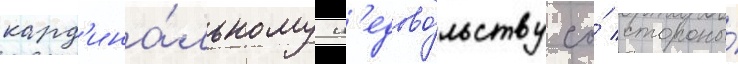
кард'ина́льному н'едово́льству со́ стороны́